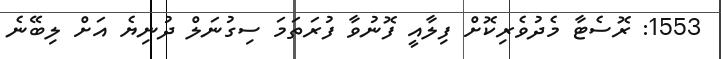
1553: ރޮސެޓާ މެދުވެރިކޮށް ފިލާއީ ފޮނުވާ ފުރަތަމަ ސިގުނަލް ދުނިޔެ އަށް ލިބޭނެ